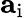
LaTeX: \mathbf{a}_{\mathrm{i}}